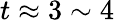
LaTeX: t\approx 3\sim 4